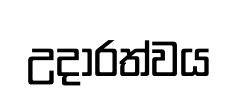
උදාරත්වය